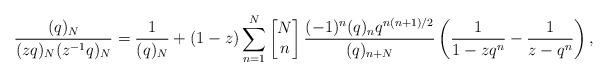
LaTeX: \begin{align*} \frac{(q)_{N}}{(zq)_{N}(z^{-1}q)_{N}}=\frac{1}{(q)_N}+(1-z)\sum_{n=1}^{N}\left[\begin{matrix} N \\ n \end{matrix}\right]\frac{(-1)^n(q)_nq^{n(n+1)/2}}{(q)_{n+N}}\left(\frac{1}{1-zq^n}-\frac{1}{z-q^n}\right), \end{align*}